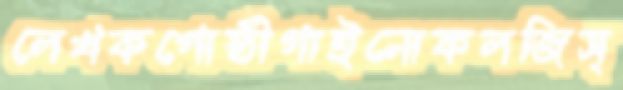
লেখকগোষ্ঠীগাইনোকলজিস্